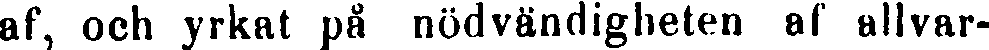
af, och yrkat på nödvändigheten af allvar-